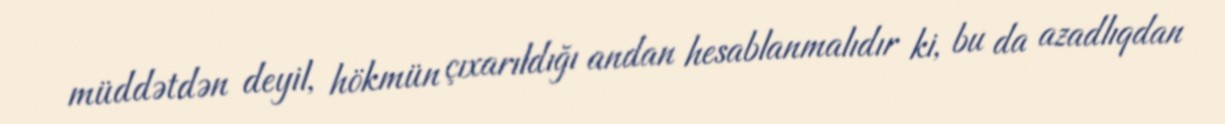
müddətdən deyil, hökmün çıxarıldığı andan hesablanmalıdır ki, bu da azadlıqdan